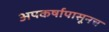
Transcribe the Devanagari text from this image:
अपकर्षापासूनच